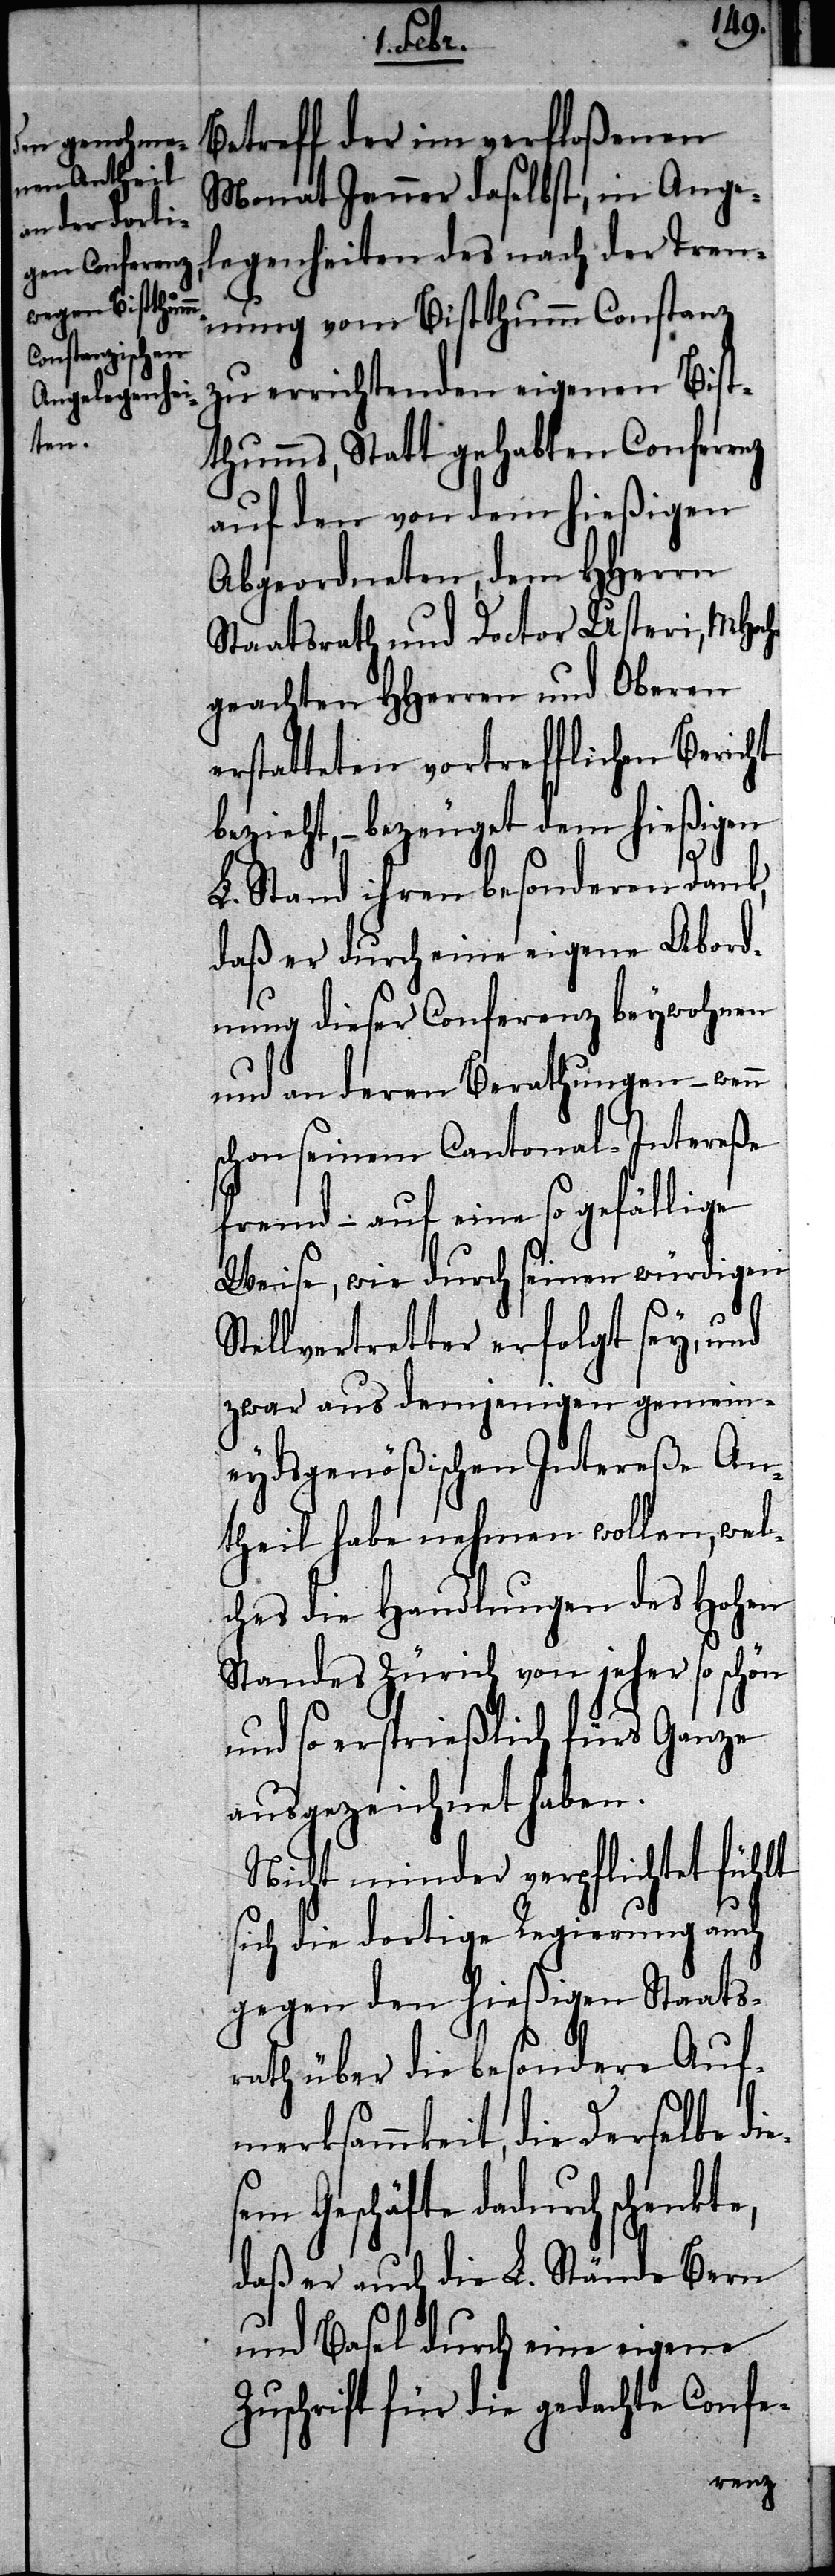
te,

e¬
Betreff der im verfloßenen
Monat Jenner daselbst, in Ange¬
legenheiten des nach der Tren¬
nung vom Bistthumm Constanz
zu errichtenden eigenen Bist¬
thumms, Statt gehabten Conferenz
auf den von dem hießigen
Abgeordneten, dem HHerrn
Staatsrath und Doctor Usteri, MHoch¬
geachten HHerren und Oberen
erstatteten vortrefflichen Bericht
bezieht, – bezeugt dem hießigen
L. Stand ihren besonderen Dank,
daß er durch eine eigene Abord¬
nung dieser Conferenz beywohnen
und an deren Berathungen – wenn
schon seinem Cantonal-Intereße
fremd – auf eine so gefällige
Weise, wie durch seinen würdigen
Stellvertretter erfolgt sey, und
zwar aus demjenigen gmein¬
eydsgenößischen Intereße An¬
theil habe nehmen wollen, wel¬
ches die Handlungen des Hohen
Standes Zürich von jeder so schön
und so ersprießlich fürs Ganze
ausgezeichnet haben.
Nicht minder verpflichtet fühlt
sich die dortige Regierung auch
gegen den hießigen Staats¬
rath über die besondere Auf¬
merksammkeit, die Derselbe di¬
sem Geschäfte dadurch schenk¬
daß er auch die L. Stände Bern
und Basel durch eine eigene
Zuschrift für die gedachte Confe-